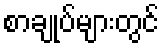
စာချုပ်များတွင်